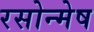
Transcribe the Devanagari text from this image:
रसोन्मेष